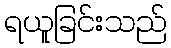
ရယူခြင်းသည်